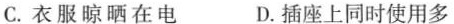
C.衣服晾晒在电 D.插座上同时使用多